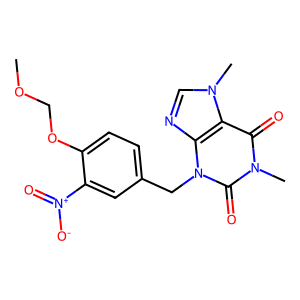
SMILES: COCOc1ccc(Cn2c(=O)n(C)c(=O)c3c2ncn3C)cc1[N+](=O)[O-]
Inhibits HIV replication: No